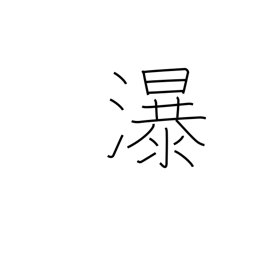
Meaning: waterfall